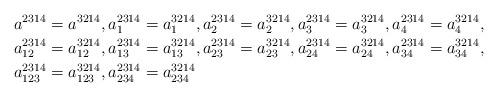
LaTeX: \begin{align*}a^{2314} & =a^{3214},a_{1}^{2314}=a_{1}^{3214},a_{2}^{2314}=a_{2}^{3214},a_{3}^{2314}=a_{3}^{3214},a_{4}^{2314}=a_{4}^{3214},\\a_{12}^{2314} & =a_{12}^{3214},a_{13}^{2314}=a_{13}^{3214},a_{23}^{2314}=a_{23}^{3214},a_{24}^{2314}=a_{24}^{3214},a_{34}^{2314}=a_{34}^{3214},\\a_{123}^{2314} & =a_{123}^{3214},a_{234}^{2314}=a_{234}^{3214}\end{align*}